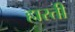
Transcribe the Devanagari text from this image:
हारती